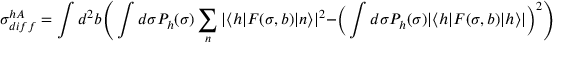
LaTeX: \sigma _ { d i f f } ^ { h A } = \int d ^ { 2 } b \Bigg ( \int d \sigma P _ { h } ( \sigma ) \sum _ { n } | \langle h | F ( \sigma , b ) | n \rangle | ^ { 2 } - \Big ( \int d \sigma P _ { h } ( \sigma ) | \langle h | F ( \sigma , b ) | h \rangle | \Big ) ^ { 2 } \Bigg ) \ ,